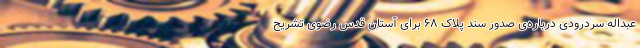
عبداله سردرودی درباره‌ی صدور سند پلاک ۶۸ برای آستان قدس رضوی تشریح